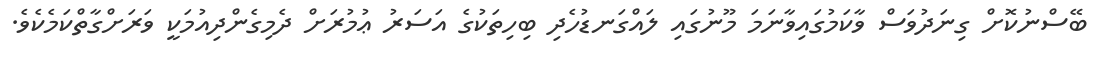
ބޭސްނުކޮށް ގިނަދުވަސް ވާކަމުގައިވާނަމަ މޫނުގައި ލައްގަނޑުހެދި ބިހިތަކުގެ އަސަރު ޢުމުރަށް ދެމިގެންދިއުމަކީ ވަރަށްގާތްކަމެކެވެ.